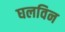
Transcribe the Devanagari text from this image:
घलविन